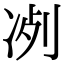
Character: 𠗗